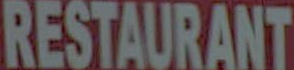
RESTAURANT